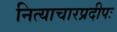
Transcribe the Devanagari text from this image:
नित्याचारप्रदीपः